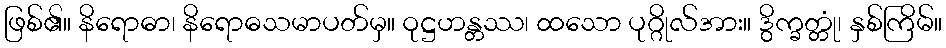
ဖြစ်၏။ နိရောဓာ၊ နိရောဓသမာပတ်မှ။ ဝုဋ္ဌဟန္တဿ၊ ထသော ပုဂ္ဂိုလ်အား။ ဒွိက္ခတ္တုံ၊ နှစ်ကြိမ်။